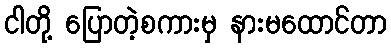
ငါတို့ ပြောတဲ့စကားမှ နားမထောင်တာ